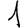
Digit: 1